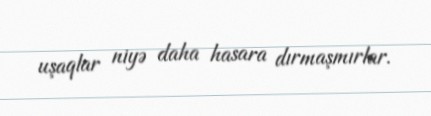
uşaqlar niyə daha hasara dırmaşmırlar.